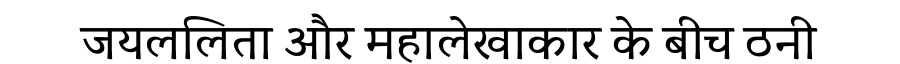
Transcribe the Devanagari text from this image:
जयललिता और महालेखाकार के बीच ठनी